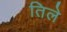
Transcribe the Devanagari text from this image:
तिले